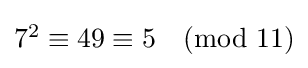
{\textstyle 7^{2}\equiv 49\equiv 5{\pmod {11}}}